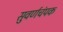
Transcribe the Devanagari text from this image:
सुवर्णचंपक